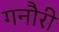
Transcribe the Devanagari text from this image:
गनौरी